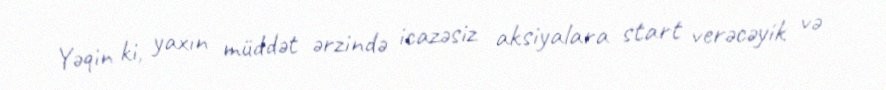
Yəqin ki, yaxın müddət ərzində icazəsiz aksiyalara start verəcəyik və